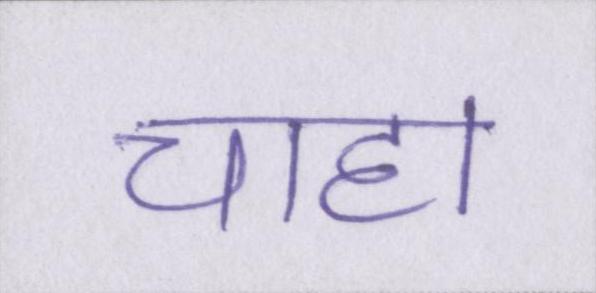
चाहा